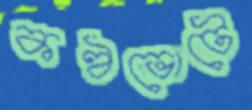
কণ্ঠভোটে